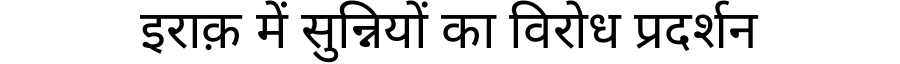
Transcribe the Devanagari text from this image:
इराक़ में सुन्नियों का विरोध प्रदर्शन